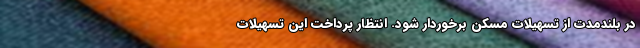
در بلندمدت از تسهیلات مسکن برخوردار شود. انتظار پرداخت این تسهیلات